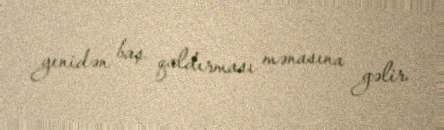
yenidən baş qaldırması mənasına gəlir.